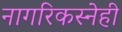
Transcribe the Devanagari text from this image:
नागरिकस्नेही